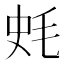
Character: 𣭂